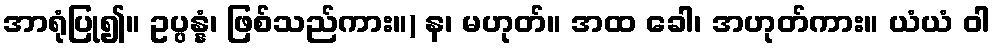
အာရုံပြု၍။ ဥပ္ပန္နံ၊ ဖြစ်သည်ကား။) န၊ မဟုတ်။ အထ ခေါ၊ အဟုတ်ကား။ ယံယံ ဝါ